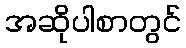
အဆိုပါစာတွင်